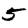
Digit: 5